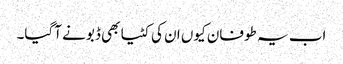
اب یہ طوفان کیوں ان کی کٹیا بھی ڈبونے آگیا۔